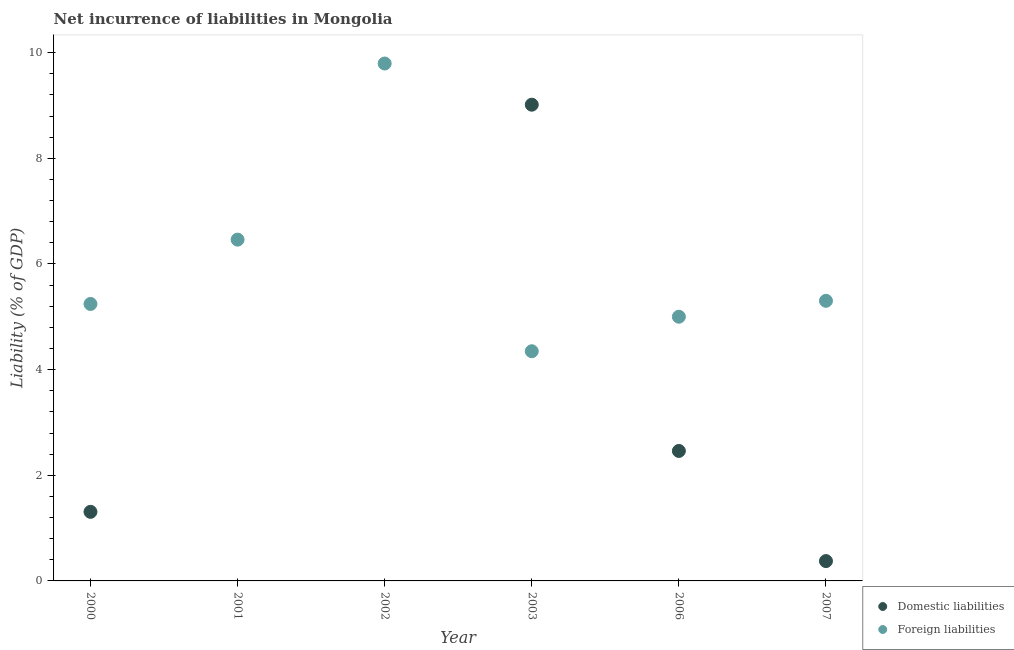
| Year | Domestic liabilities | Foreign liabilities |
 | --- | --- | --- |
 | 2000 | 1.31 | 5.24 |
 | 2001 | -1.05 | 6.46 |
 | 2002 | -1.01 | 9.79 |
 | 2003 | 9.02 | 4.35 |
 | 2006 | 2.46 | 5 |
 | 2007 | 0.376 | 5.3 |